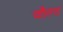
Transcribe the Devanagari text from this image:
वौल्ट